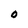
Character: 0